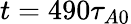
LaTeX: t=490\tau_{A0}